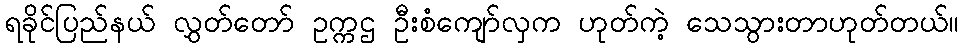
ရခိုင်ပြည်နယ် လွှတ်တော် ဥက္ကဌ ဦးစံကျော်လှက ဟုတ်ကဲ့ သေသွားတာဟုတ်တယ်။